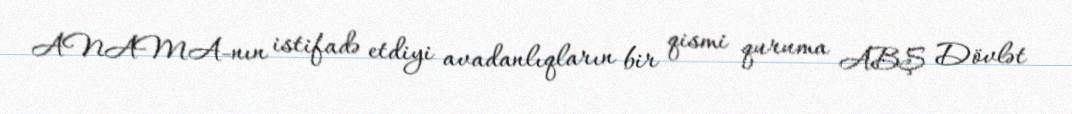
ANAMA-nın istifadə etdiyi avadanlıqların bir qismi quruma ABŞ Dövlət